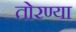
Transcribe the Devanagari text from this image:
तोरण्या